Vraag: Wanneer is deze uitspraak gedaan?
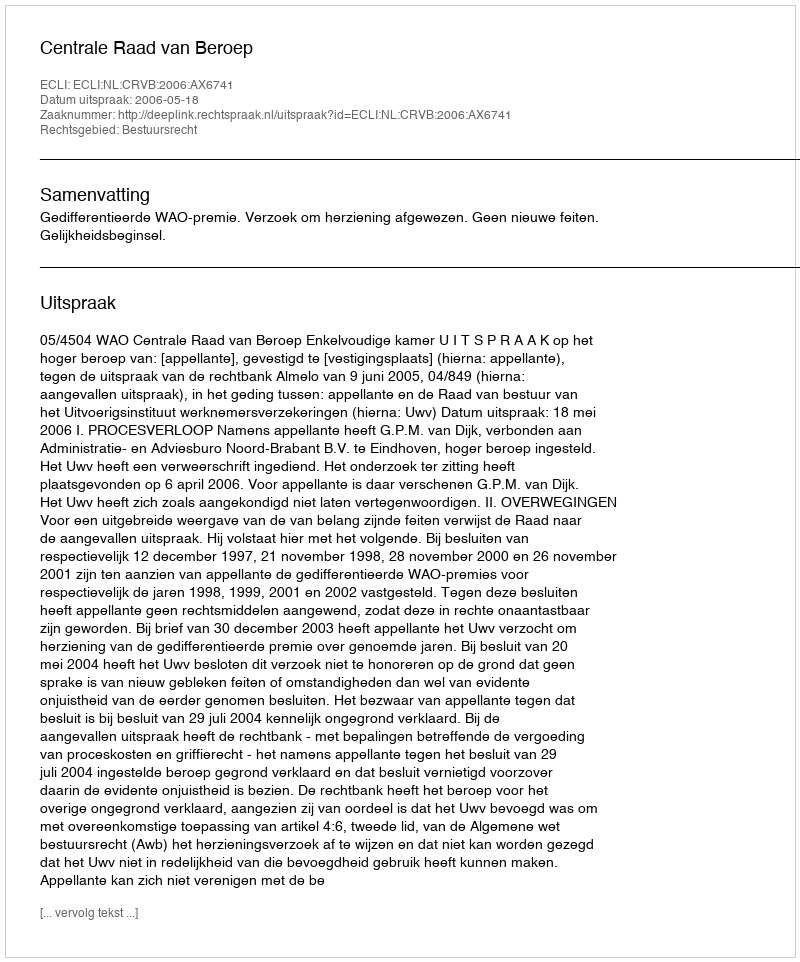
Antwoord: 2006-05-18